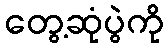
တွေ့ဆုံပွဲကို